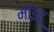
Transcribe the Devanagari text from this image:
मोइटू